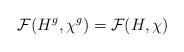
\begin{align*}\mathcal{F}(H^g,\chi^g)=\mathcal{F}(H,\chi)\end{align*}